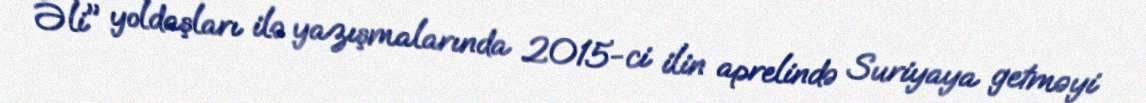
Əli" yoldaşları ilə yazışmalarında 2015-ci ilin aprelində Suriyaya getməyi